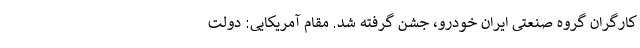
کارگران گروه صنعتی ایران خودرو،‌ جشن گرفته شد. مقام آمریکایی: دولت